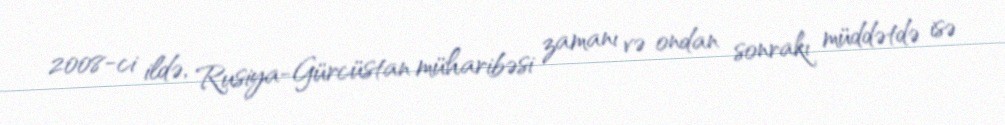
2008-ci ildə, Rusiya-Gürcüstan müharibəsi zamanı və ondan sonrakı müddətdə isə